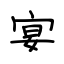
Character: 宴